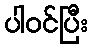
ပါဝင်ပြီး